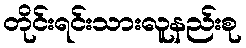
တိုင်းရင်းသားလူနည်းစု